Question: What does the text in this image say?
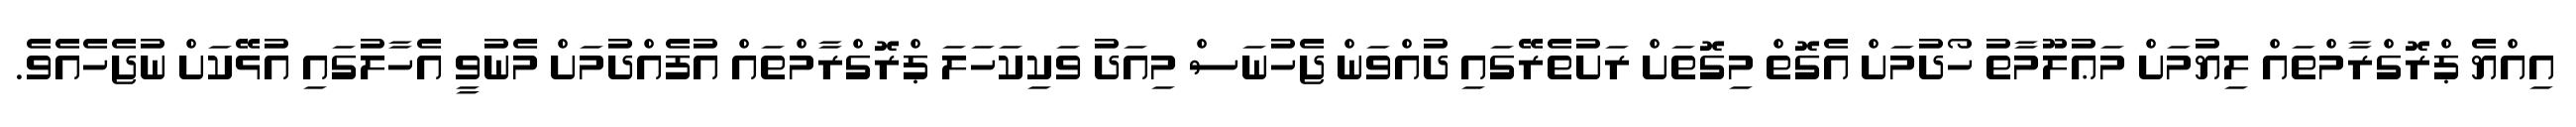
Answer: އިއްޔެ ޕްރޮގްރާމްތައް ލިޔުމަށް މަޢުލޫމާތު ހޯދުމަށް އެގޮތް މިގޮތަށް ރަށުތެރޭގައި ދުއްވަން ޖެހުނަސް މިއަދު ވަކިކަހަލަ ޕްރޮގްރާމްތައް އުފެއްދުމަށް މެނުވީ އެހާލުގައި އުޅޭކަށް ނުޖެހެއެވެ.